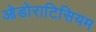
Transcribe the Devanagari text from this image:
ओडोराटिसियम